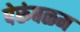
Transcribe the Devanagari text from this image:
पेरूंबळम